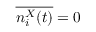
\overline { { n _ { i } ^ { X } ( t ) } } = 0